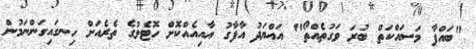
"ބައްޕާ މަސައްކަތް ބުރަ ވަގުތެއްތޯ" އައްޔަދު އާފާގު އާއިއެއްކޮށް ހޮޓެލުގެ ތެރެއަށް ހިނގައިގަންނަމުން